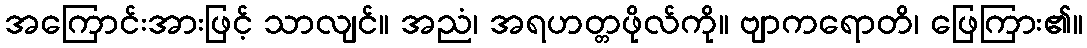
အကြောင်းအားဖြင့် သာလျင်။ အညံ၊ အရဟတ္တဖိုလ်ကို။ ဗျာကရောတိ၊ ဖြေကြား၏။